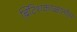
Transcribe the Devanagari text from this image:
ब्रिटिशकाळातील